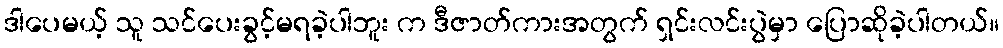
ဒါပေမယ့် သူ သင်ပေးခွင့်မရခဲ့ပါဘူး က ဒီဇာတ်ကားအတွက် ရှင်းလင်းပွဲမှာ ပြောဆိုခဲ့ပါတယ်။